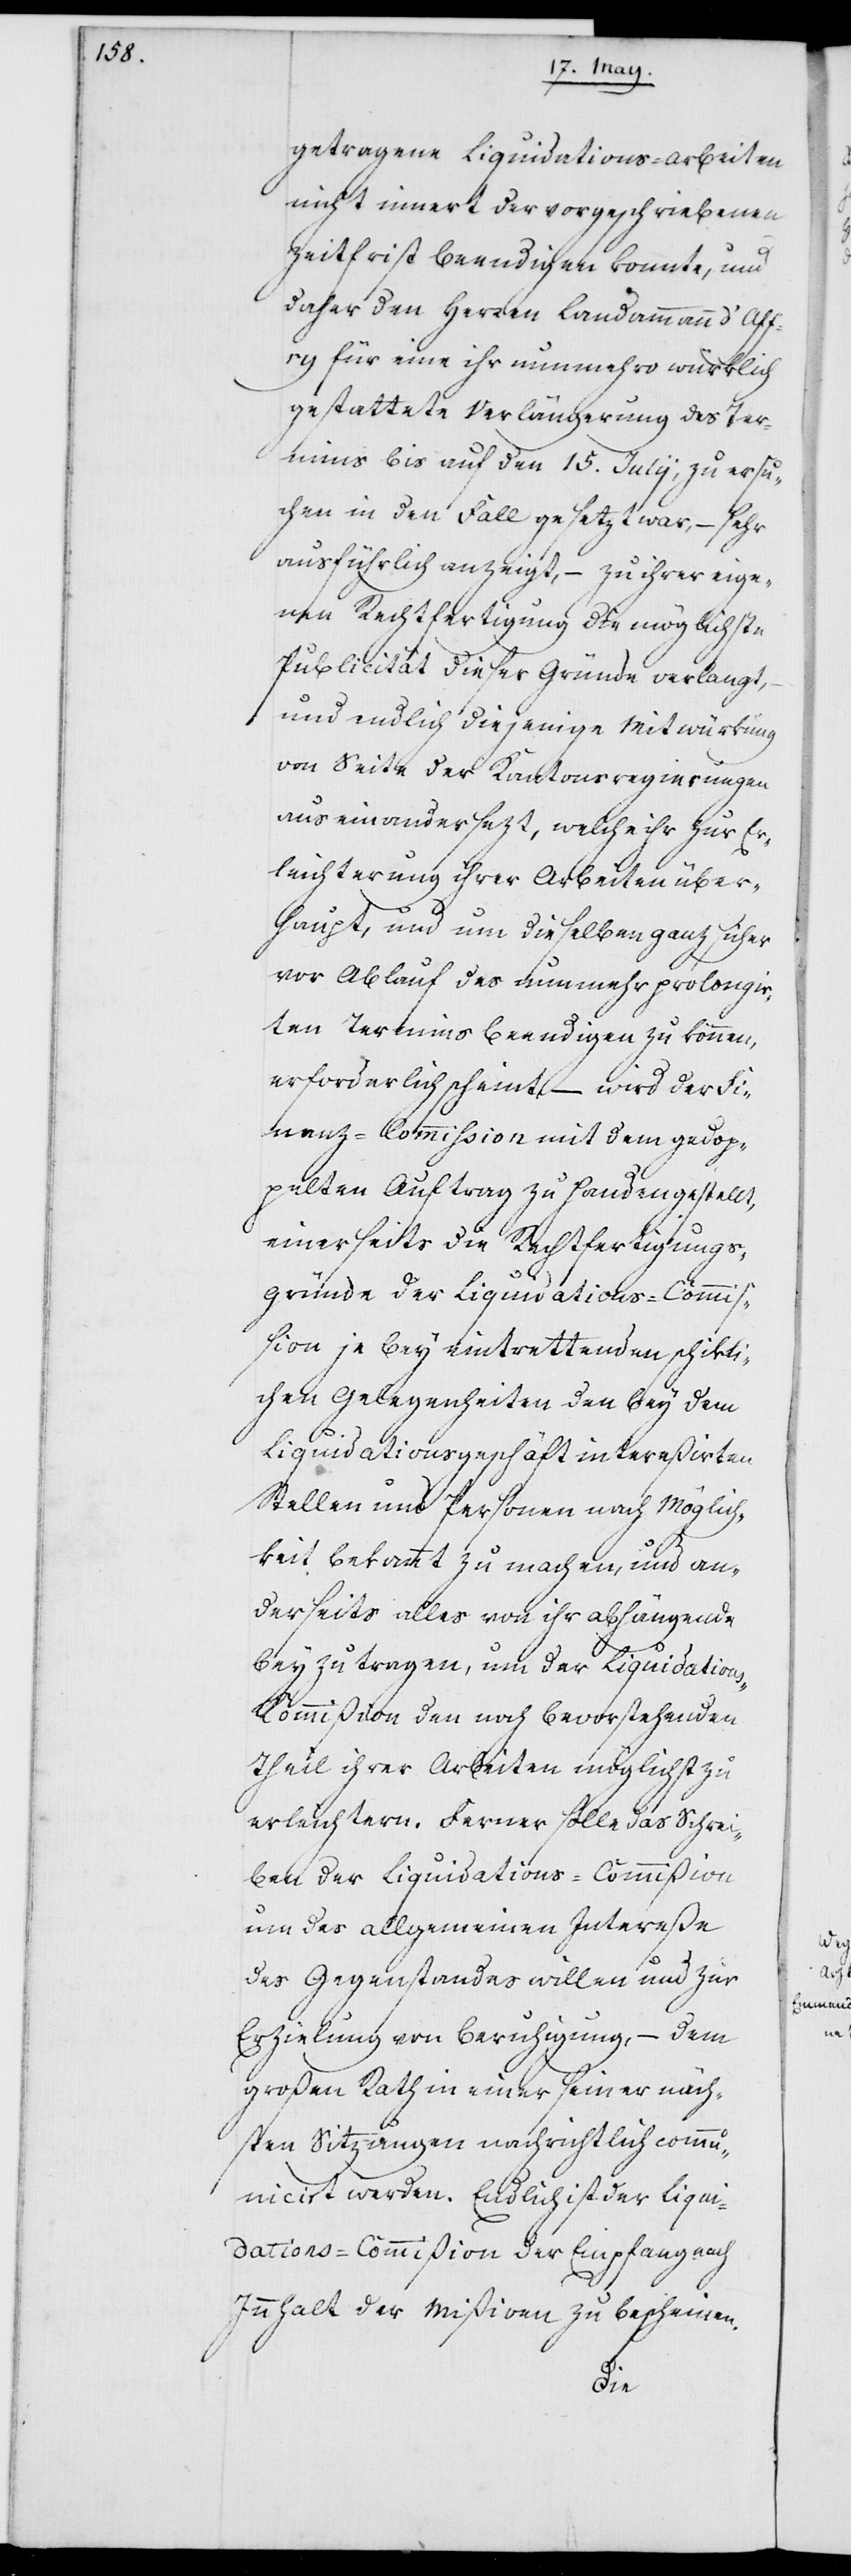
getragene[n] Liquidations-Arbeiten
nicht innert der vorgeschriebenen
Zeitfrist beendigen konnte, und
daher den Herren Landammann d’Aff¬
ry für eine ihr nunmehro würklich
gestattete Verlängerung des Ter¬
mins bis auf den 15. Julij, zu ersu¬
chen in den Fall gesetzt war, – sehr
ausführlich anzeigt, – zu ihrer eige¬
nen Rechtfertigung die möglichste
Publicität dieser Gründe verlangt,
und endlich diejenige Mitwürkung
von Seite der Kantonsregierungen
auseinandersezt, welche ihr zur Er¬
leichterung ihrer Arbeiten über¬
haupt, und um dieselben ganz sicher
vor Ablauf des nunmehr prolongir¬
ten Termins beendigen zu können,
erforderlich scheint, – wird der Fi¬
nanz-Commißion mit dem gedop¬
pelten Auftrag zuhanden gestellt,
einerseits die Rechtfertigungs¬
gründe der Liquidations-Commi¬
ßion je bey eintrettenden schikli¬
chen Gelegenheiten den bey dem
Liquidationsgeschäft intereßirten
Stellen und Personen nach Möglich¬
keit bekannt zu machen, und an¬
derseits alles von ihr abhängende
beyzutragen, um der Liquidation¬
s-Kommißion den noch bevorstehenden
Theil ihrer Arbeiten möglichst zu
erleichtern. Ferner solle das Schrei¬
ben der Liquidations-Commißion
um des allgemeinen Intereße
des Gegenstandes willen und zu
Erzielung von Beruhigung, – dem
großen Rath in einer seiner näch¬
sten Sitzungen nachrichtlich comm¬
uniciert werden. Endlich ist der Liqui¬
dations-Commißion der Empfang nach
Innhalt der Mißiven zu bescheinen.